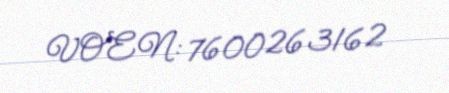
VOEN: 7600263162